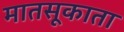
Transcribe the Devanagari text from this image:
मातसूकाता